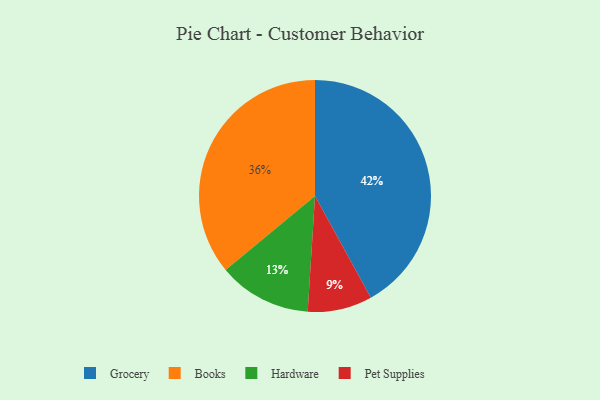
{"axis": {"x": "Category", "y": "Percentage"}, "legend": ["Books", "Grocery", "Hardware", "Pet Supplies"], "data": [{"x": "Pet Supplies", "y": 9, "type": "Pet Supplies"}, {"x": "Hardware", "y": 13, "type": "Hardware"}, {"x": "Grocery", "y": 42, "type": "Grocery"}, {"x": "Books", "y": 36, "type": "Books"}]}